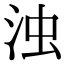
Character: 浊